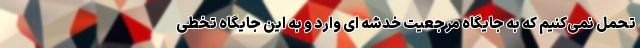
تحمل نمی‌کنیم که به جایگاه مرجعیت خدشه ای وارد و به این جایگاه تخطی